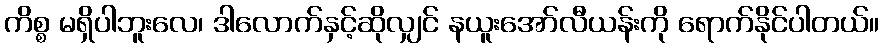
ကိစ္စ မရှိပါဘူးလေ၊ ဒါလောက်နှင့်ဆိုလျှင် နယူးအော်လီယန်းကို ရောက်နိုင်ပါတယ်။